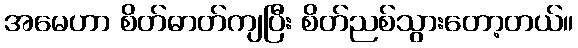
အမေဟာ စိတ်ဓာတ်ကျပြီး စိတ်ညစ်သွားတော့တယ်။